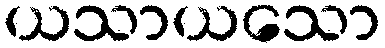
ယသာယသော